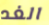
الغد